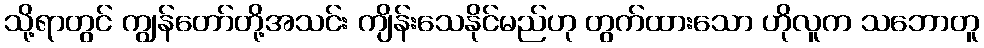
သို့ရာတွင် ကျွန်တော်တို့အသင်း ကျိန်းသေနိုင်မည်ဟု တွက်ထားသော ဟိုလူက သဘောတူ